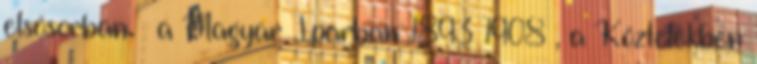
elsősorban – a Magyar Iparban 1893–1908 , a Köztelekben